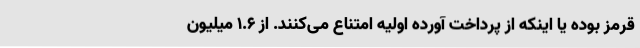
قرمز بوده یا اینکه از پرداخت آورده اولیه امتناع می‌کنند. از ۱.۶ میلیون